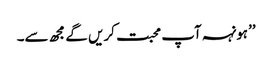
’’ہونہہ آپ محبت کریں گے مجھ سے۔